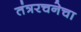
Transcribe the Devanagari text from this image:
तंत्ररचनेचा